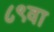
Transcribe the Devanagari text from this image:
८९वा